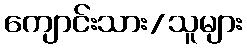
ကျောင်းသား/သူများ